Scottish Leaving Certificate Examination, 1961
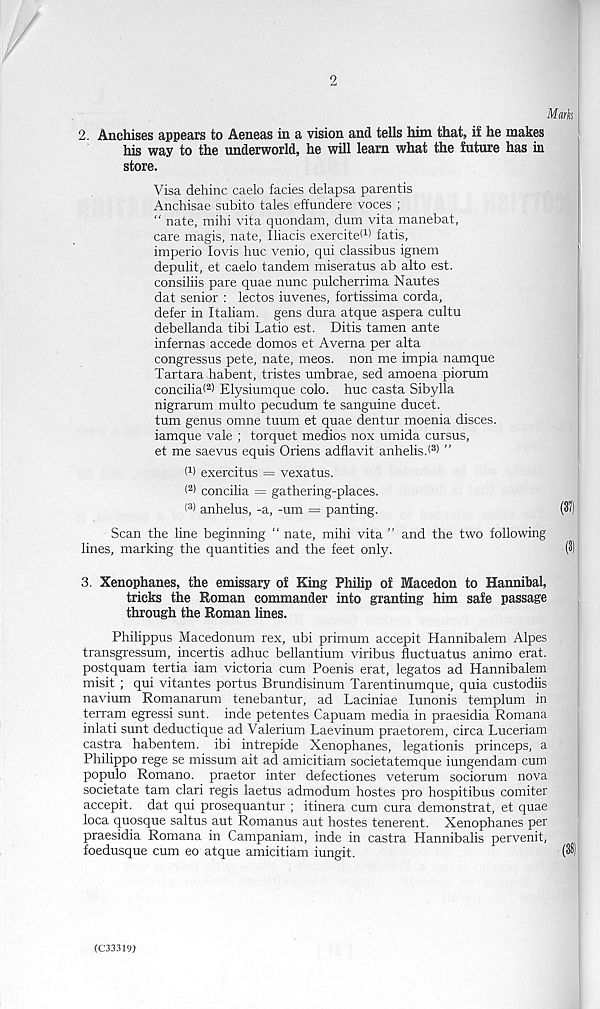
2
Mark
2. Anchises appears to Aeneas in a vision and tells him that, if he makes
his way to the underworld, he will learn what the future has in
store.
Visa dehinc caelo facies delapsa parentis
Anchisae subito tales effundere voces ;
" nate, mihi vita quondam, dum vita manebat,
care magis, nate, Iliads exerciteW fatis,
imperio lovis hue venio, qul classibus ignem
depulit, et caelo tandem miseratus ab alto est.
consiliis pare quae nunc pulcherrima Nautes
dat senior : lectos iuvenes, fortissima corda,
defer in Italiam. gens dura atque aspera cultu
debellanda tibi Latio est. Ditis tamen ante
infernas accede domos et Averna per alta
congressus pete, nate, meos. non me impia namque
Tartara habent, tristes umbrae, sed amoena piorum
concilia( 2 > Elysiumque colo. hue casta Sibylla
nigrarum multo pecudum te sanguine ducet.
turn genus omne tuum et quae dentur moenia disces.
iamque vale ; torquet medios nox umida cursus,
et me saevus equis Oriens adflavit anhelis.( 3 > ”
l 1 ) exercitus = vexatus.
< 2 ) concilia = gathering-places.
(®) anhelus, -a, -um = panting.
(3<)
Scan the line beginning “ nate, mihi vita ” and the two following
lines, marking the quantities and the feet only.
(3)
3. Xenophanes, the emissary of King Philip of Macedon to Hannibal,
tricks the Roman commander into granting him safe passage
through the Roman lines.
Philippus Macedonum rex, ubi primum accepit Hannibalem Alpes
transgressum, incertis adhuc bellantium viribus fluctuatus animo erat.
postquam tertia iam victoria cum Poenis erat, legates ad Hannibalem
misit ; qui vitantes portus Brundisinum Tarentinumque, quia custodiis
navium Romanarum tenebantur, ad Laciniae lunonis templum in
terram egressi sunt, inde petentes Capuam media in praesidia Romana
inlati sunt deductique ad Valerium Laevinum praetorem, circa Luceriam
castra habentem. ibi intrepide Xenophanes, legationis princeps, a
Philippo rege se missum ait ad amicitiam societatemque iungendam cum
populo Romano, praetor inter defectiones veterum sociorum nova
societate tarn clari regis laetus admodum hostes pro hospitibus comiter
accepit. dat qui prosequantur ; itinera cum cura demonstrat, et quae
loca quosque saltus aut Romanus aut hostes tenerent. Xenophanes per
praesidia Romana in Campaniam, inde in castra Hannibalis pervenit,
foedusque cum eo atque amicitiam iungit.
($
(C3331<n